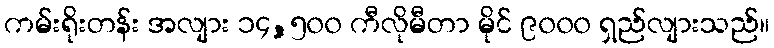
ကမ်းရိုးတန်း အလျား ၁၄,၅၀၀ ကီလိုမီတာ မိုင် ၉၀၀၀ ရှည်လျားသည်။